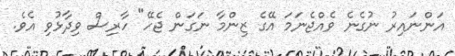
އަންނައިރު ނުގެނެ ވެއްޖެނަމަ އޭގެ ޒިންމާ ނަގަން ޖެހޭ" ހާރިސް ވިދާޅުވި އެވެ.